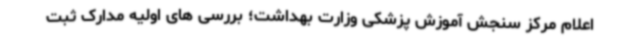
اعلام مرکز سنجش آموزش پزشکی وزارت بهداشت؛ بررسی های اولیه مدارک ثبت